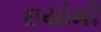
ઇયોમી